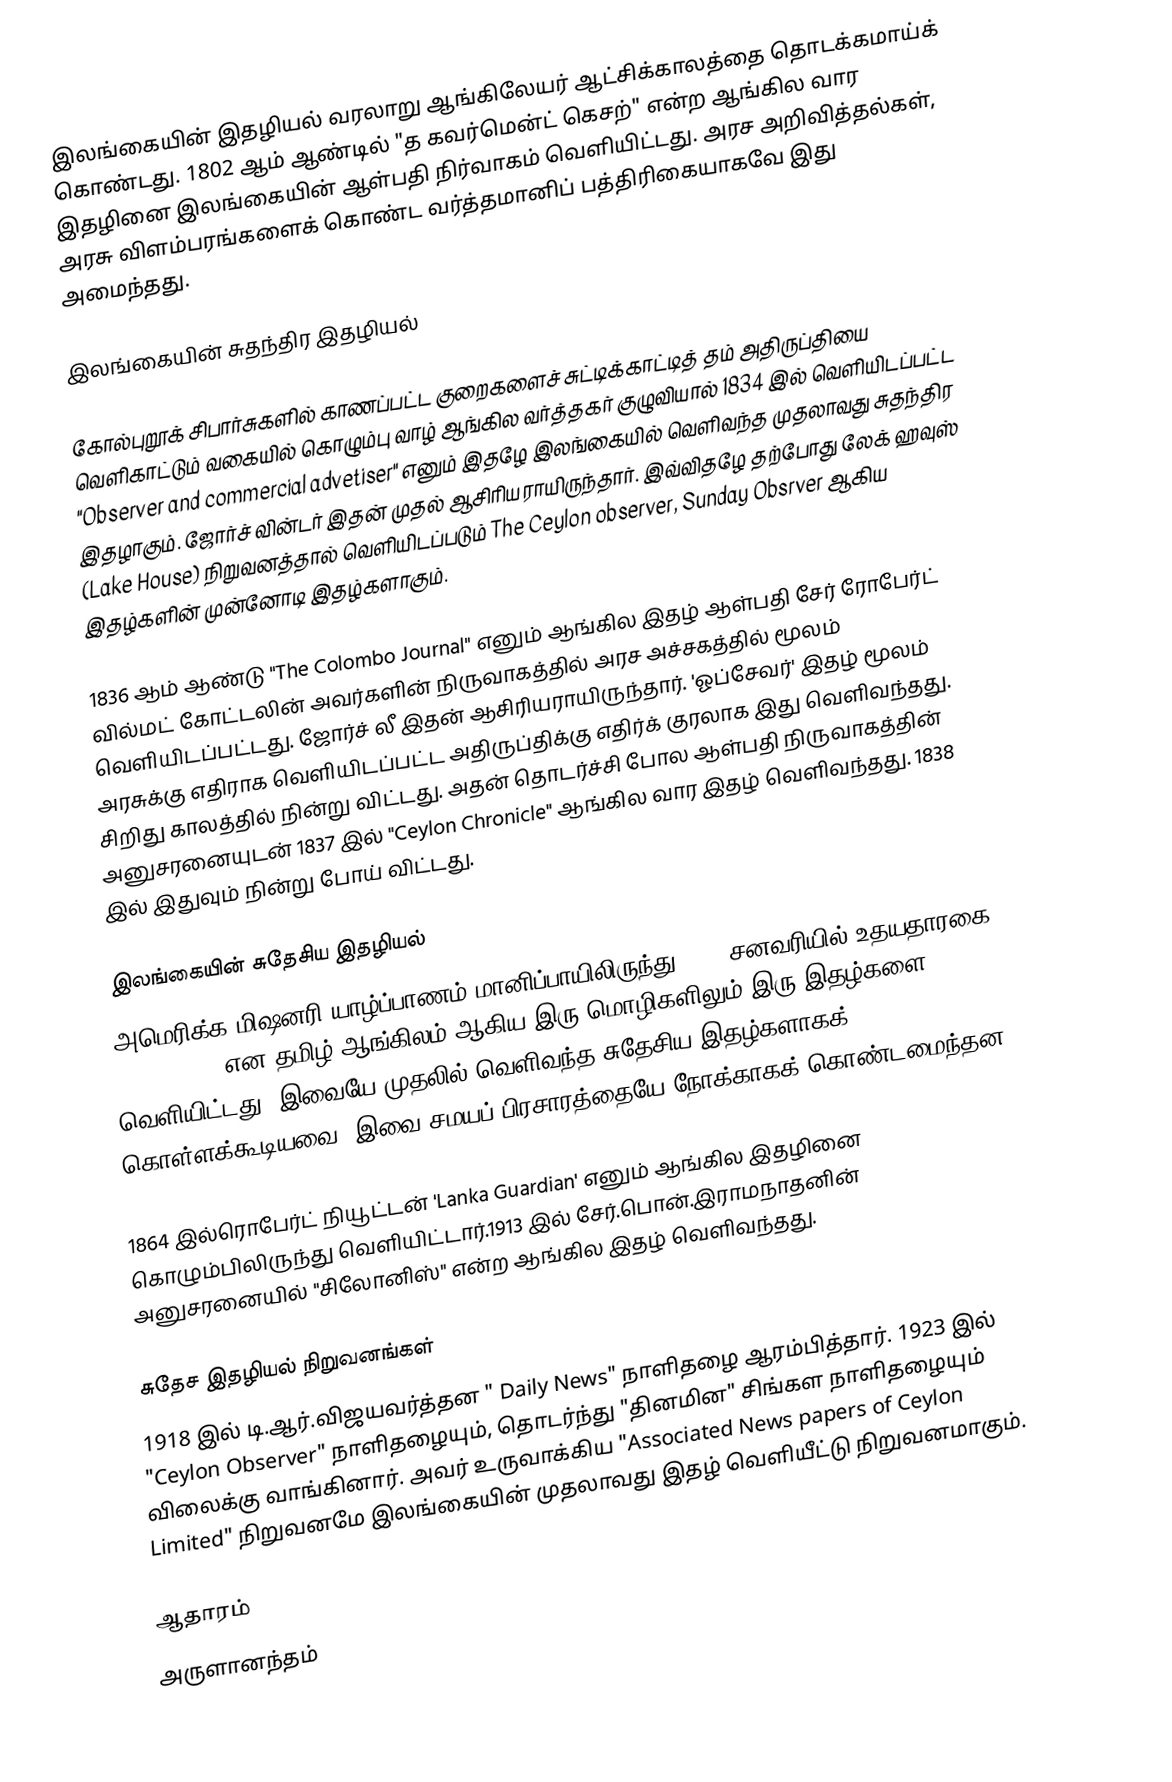
இலங்கையின் இதழியல் வரலாறு ஆங்கிலேயர் ஆட்சிக்காலத்தை தொடக்கமாய்க் கொண்டது. 1802 ஆம் ஆண்டில் "த கவர்மென்ட் கெசற்" என்ற ஆங்கில வார இதழினை இலங்கையின் ஆள்பதி நிர்வாகம் வெளியிட்டது. அரச அறிவித்தல்கள், அரசு விளம்பரங்களைக் கொண்ட வர்த்தமானிப் பத்திரிகையாகவே இது அமைந்தது.

இலங்கையின் சுதந்திர இதழியல்

கோல்புறூக் சிபார்சுகளில் காணப்பட்ட குறைகளைச் சுட்டிக்காட்டித் தம் அதிருப்தியை வெளிகாட்டும் வகையில் கொழும்பு வாழ் ஆங்கில வர்த்தகர் குழுவியால் 1834 இல் வெளியிடப்பட்ட "Observer and commercial advetiser" எனும் இதழே இலங்கையில் வெளிவந்த முதலாவது சுதந்திர இதழாகும். ஜோர்ச் வின்டர் இதன் முதல் ஆசிரியராயிருந்தார். இவ்விதழே தற்போது லேக் ஹவுஸ் (Lake House) நிறுவனத்தால் வெளியிடப்படும் The Ceylon observer, Sunday Obsrver ஆகிய இதழ்களின் முன்னோடி இதழ்களாகும்.

1836 ஆம் ஆண்டு "The Colombo Journal" எனும் ஆங்கில இதழ் ஆள்பதி சேர் ரோபேர்ட் வில்மட் கோட்டலின் அவர்களின் நிருவாகத்தில் அரச அச்சகத்தில் மூலம் வெளியிடப்பட்டது. ஜோர்ச் லீ இதன் ஆசிரியராயிருந்தார். 'ஓப்சேவர்' இதழ் மூலம் அரசுக்கு எதிராக வெளியிடப்பட்ட அதிருப்திக்கு எதிர்க் குரலாக இது வெளிவந்தது. சிறிது காலத்தில் நின்று விட்டது. அதன் தொடர்ச்சி போல ஆள்பதி நிருவாகத்தின் அனுசரனையுடன் 1837 இல் "Ceylon Chronicle" ஆங்கில வார இதழ் வெளிவந்தது. 1838 இல் இதுவும் நின்று போய் விட்டது.

இலங்கையின் சுதேசிய இதழியல்
அமெரிக்க மிஷனரி யாழ்ப்பாணம் மானிப்பாயிலிருந்து 1841 சனவரியில்  உதயதாரகை Mornig Star என தமிழ்,ஆங்கிலம் ஆகிய இரு மொழிகளிலும் இரு இதழ்களை வெளியிட்டது. இவையே முதலில் வெளிவந்த சுதேசிய இதழ்களாகக் கொள்ளக்கூடியவை. இவை சமயப் பிரசாரத்தையே நோக்காகக் கொண்டமைந்தன.

1864 இல்ரொபேர்ட் நியூட்டன் 'Lanka Guardian' எனும் ஆங்கில இதழினை கொழும்பிலிருந்து வெளியிட்டார்.1913 இல் சேர்.பொன்.இராமநாதனின் அனுசரனையில் "சிலோனிஸ்" என்ற ஆங்கில இதழ் வெளிவந்தது.

சுதேச இதழியல் நிறுவனங்கள்
 1918 இல் டி.ஆர்.விஜயவர்த்தன " Daily News" நாளிதழை ஆரம்பித்தார். 1923 இல் "Ceylon Observer" நாளிதழையும், தொடர்ந்து "தினமின" சிங்கள நாளிதழையும் விலைக்கு வாங்கினார். அவர் உருவாக்கிய "Associated News papers of Ceylon Limited" நிறுவனமே இலங்கையின் முதலாவது இதழ் வெளியீட்டு நிறுவனமாகும்.

ஆதாரம்
அருளானந்தம்